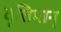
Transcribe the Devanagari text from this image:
वृत्तिमान्‌